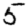
Digit: 5